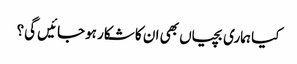
کیا ہماری بچیاں بھی ان کا شکار ہوجائیں گی؟